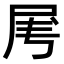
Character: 𡱄